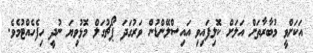
އަކަށްވީ މުބާރާތަށް އަލަށް ކޮލިފައިވި އައިސްލޭންޑުން ވަރުގަދަ ޕޯޗުގަލް މޮޅުވިޔަ ނުދީ ހިފެހެއްޓުމެވެ.